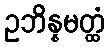
ဥဘိန္နမတ္ထံ